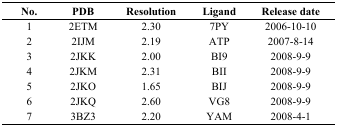
<table><thead><tr><td><b>No.</b></td><td><b>PDB</b></td><td><b>Resolution</b></td><td><b>Ligand</b></td><td><b>Release date</b></td></tr></thead><tbody><tr><td>1</td><td>2ETM</td><td>2.30</td><td>7PY</td><td>2006-10-10</td></tr><tr><td>2</td><td>2IJM</td><td>2.19</td><td>ATP</td><td>2007-8-14</td></tr><tr><td>3</td><td>2JKK</td><td>2.00</td><td>BI9</td><td>2008-9-9</td></tr><tr><td>4</td><td>2JKM</td><td>2.31</td><td>BII</td><td>2008-9-9</td></tr><tr><td>5</td><td>2JKO</td><td>1.65</td><td>BIJ</td><td>2008-9-9</td></tr><tr><td>6</td><td>2JKQ</td><td>2.60</td><td>VG8</td><td>2008-9-9</td></tr><tr><td>7</td><td>3BZ3</td><td>2.20</td><td>YAM</td><td>2008-4-1</td></tr></tbody></table>